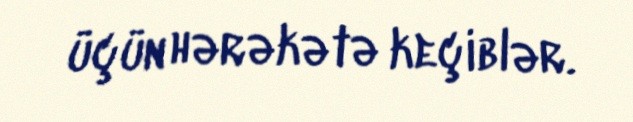
üçün hərəkətə keçiblər.